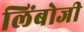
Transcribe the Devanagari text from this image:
लिंबोजी